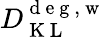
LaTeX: D_{\mathrm{~K~L~}}^{\mathrm{~d~e~g~,~w~}}